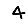
Digit: 4